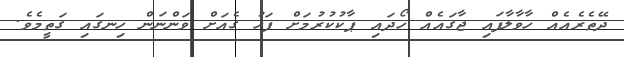
ދޭތެރެއެއް ހާވާލާފައި ޖާގައެއް ހޯދައި ޕާކުކުރުމަށް ފަހު ގެއަށް ވަންނަން ހިނގައި ގަތީމެވެ.